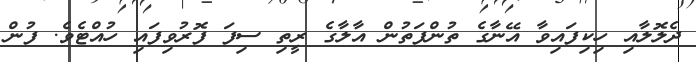
ދެލޮލާއި ހިކިފައިވާ އޭނާގެ ތުންފަތުން އާލާގެ ރީތި ސިފަ ފޮރުވިފައި ހުއްޓެވެ. ފުން